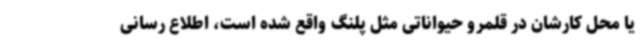
یا محل کارشان در قلمرو حیواناتی مثل پلنگ واقع شده‌ است، اطلاع رسانی